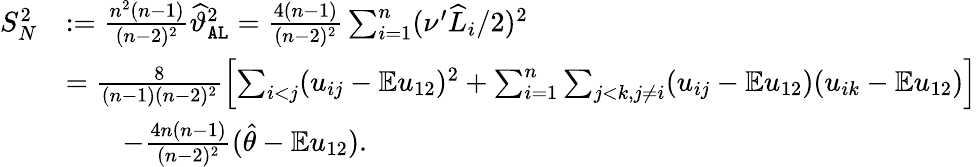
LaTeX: \begin{array}{rl}{S_{N}^{2}}&{:=\frac{n^{2}(n-1)}{(n-2)^{2}}\widehat{\vartheta}_{\mathtt{AL}}^{2}=\frac{4(n-1)}{(n-2)^{2}}\sum_{i=1}^{n}(\nu^{\prime}\widehat{L}_{i}/2)^{2}}\\ &{=\frac{8}{(n-1)(n-2)^{2}}\left[\sum_{i<j}(u_{ij}-\mathbb{E}u_{12})^{2}+\sum_{i=1}^{n}\sum_{j<k,j\neq i}(u_{ij}-\mathbb{E}u_{12})(u_{ik}-\mathbb{E}u_{12})\right]}\\ &{\qquad-\frac{4n(n-1)}{(n-2)^{2}}(\widehat{\theta}-\mathbb{E}u_{12}).}\end{array}